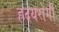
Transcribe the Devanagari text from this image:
ह्रदयरोगी